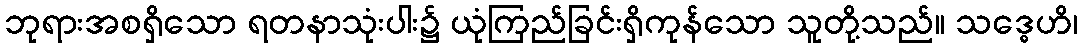
ဘုရားအစရှိသော ရတနာသုံးပါး၌ ယုံကြည်ခြင်းရှိကုန်သော သူတို့သည်။ သဒ္ဓေဟိ၊